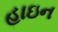
હાઇન